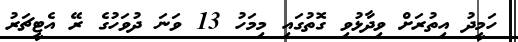
ހަމީދު އިތުރަށް ވިދާޅުވި ގޮތުގައި މިމަހު 13 ވަނަ ދުވަހުގެ ރޭ އެޓީޗަރު